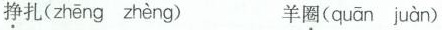
挣扎( zhēng zhèng ) 羊圈( quān juàn )